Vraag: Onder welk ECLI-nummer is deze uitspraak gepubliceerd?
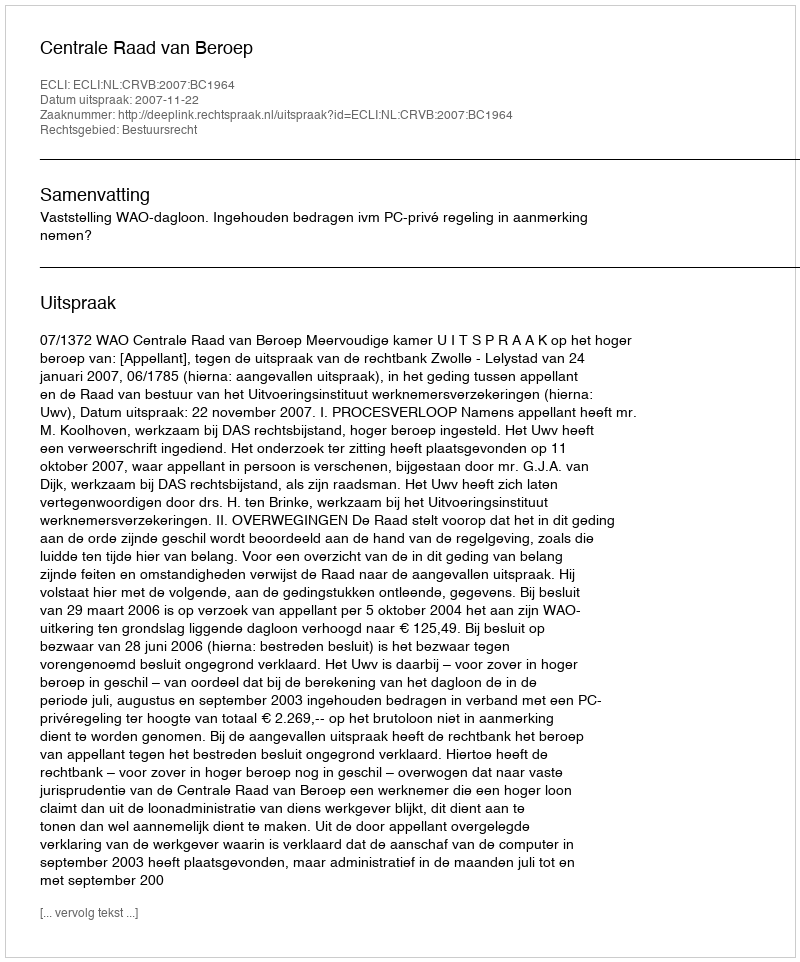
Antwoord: ECLI:NL:CRVB:2007:BC1964